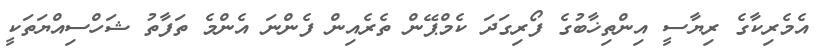
އެމެރިކާގެ ރިޔާސީ އިންތިޚާބުގެ ފޯރިގަދަ ކެމްޕޭން ތެރެއިން ފެންނަ އެންމެ ތަފާތު ޝަހްސިއްޔަތަކީ